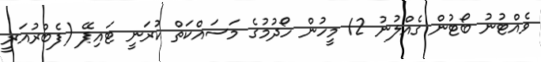
ވެއްޓުނު ބޯޓުން ގެއްލުނު 12 މީހުން ހޯދުމުގެ މަސައްކަތް ކުރަނީ ޓައިޕޭ (ފެބްރުއަރީ